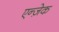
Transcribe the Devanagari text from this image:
एन्ज़ेक